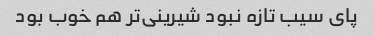
پای سیب تازه نبود شیرینی‌تر هم خوب بود